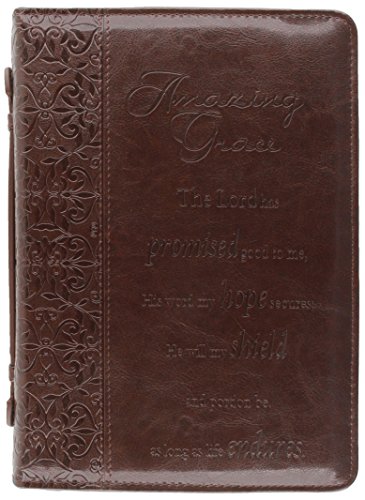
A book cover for Bible Cover Luxleather Amazing Grace Large; Christian Books & Bibles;